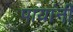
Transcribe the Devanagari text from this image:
पायांनीं